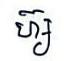
ហ៊្ស